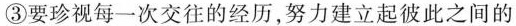
③要珍视每一次交往的经历，努力建立起彼此之间的